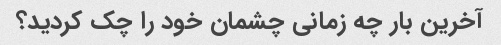
آخرین بار چه زمانی چشمان خود را چک کردید؟